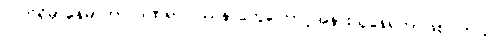
လက်ရှိမှာနေမာဟာ ဒဏ်ရာပြဿနာတွေကြောင့်အနားယူနေရတာဖြစ်ပါတယ်။